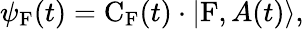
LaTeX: \psi_{\mathrm{F}}(t)=\mathrm{C}_{\mathrm{F}}(t)\cdot|\mathrm{F},A(t)\rangle,